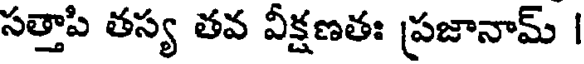
సత్తాపి తస్య తవ వీక్షణతః ప్రజానామ్ |